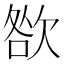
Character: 㰶